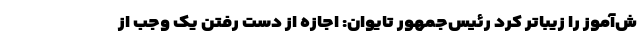
ش‌آموز را زیباتر کرد رئیس‌جمهور تایوان: اجازه از دست رفتن یک وجب از